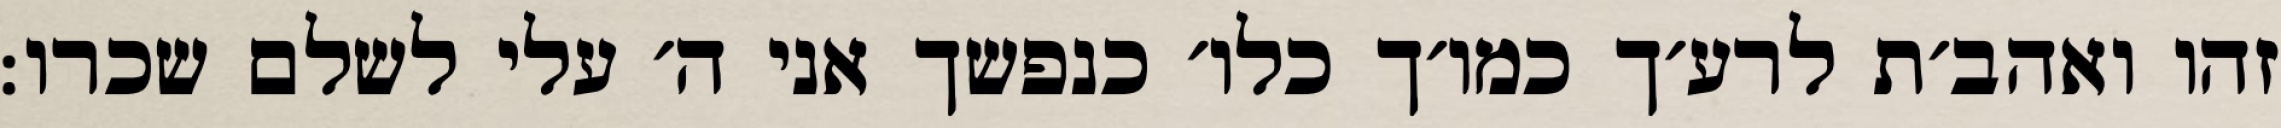
זהו ואהב׳ת לרע׳ך כמו׳ך כלו׳ כנפשך אני ה׳ עלי לשלם שכרו: